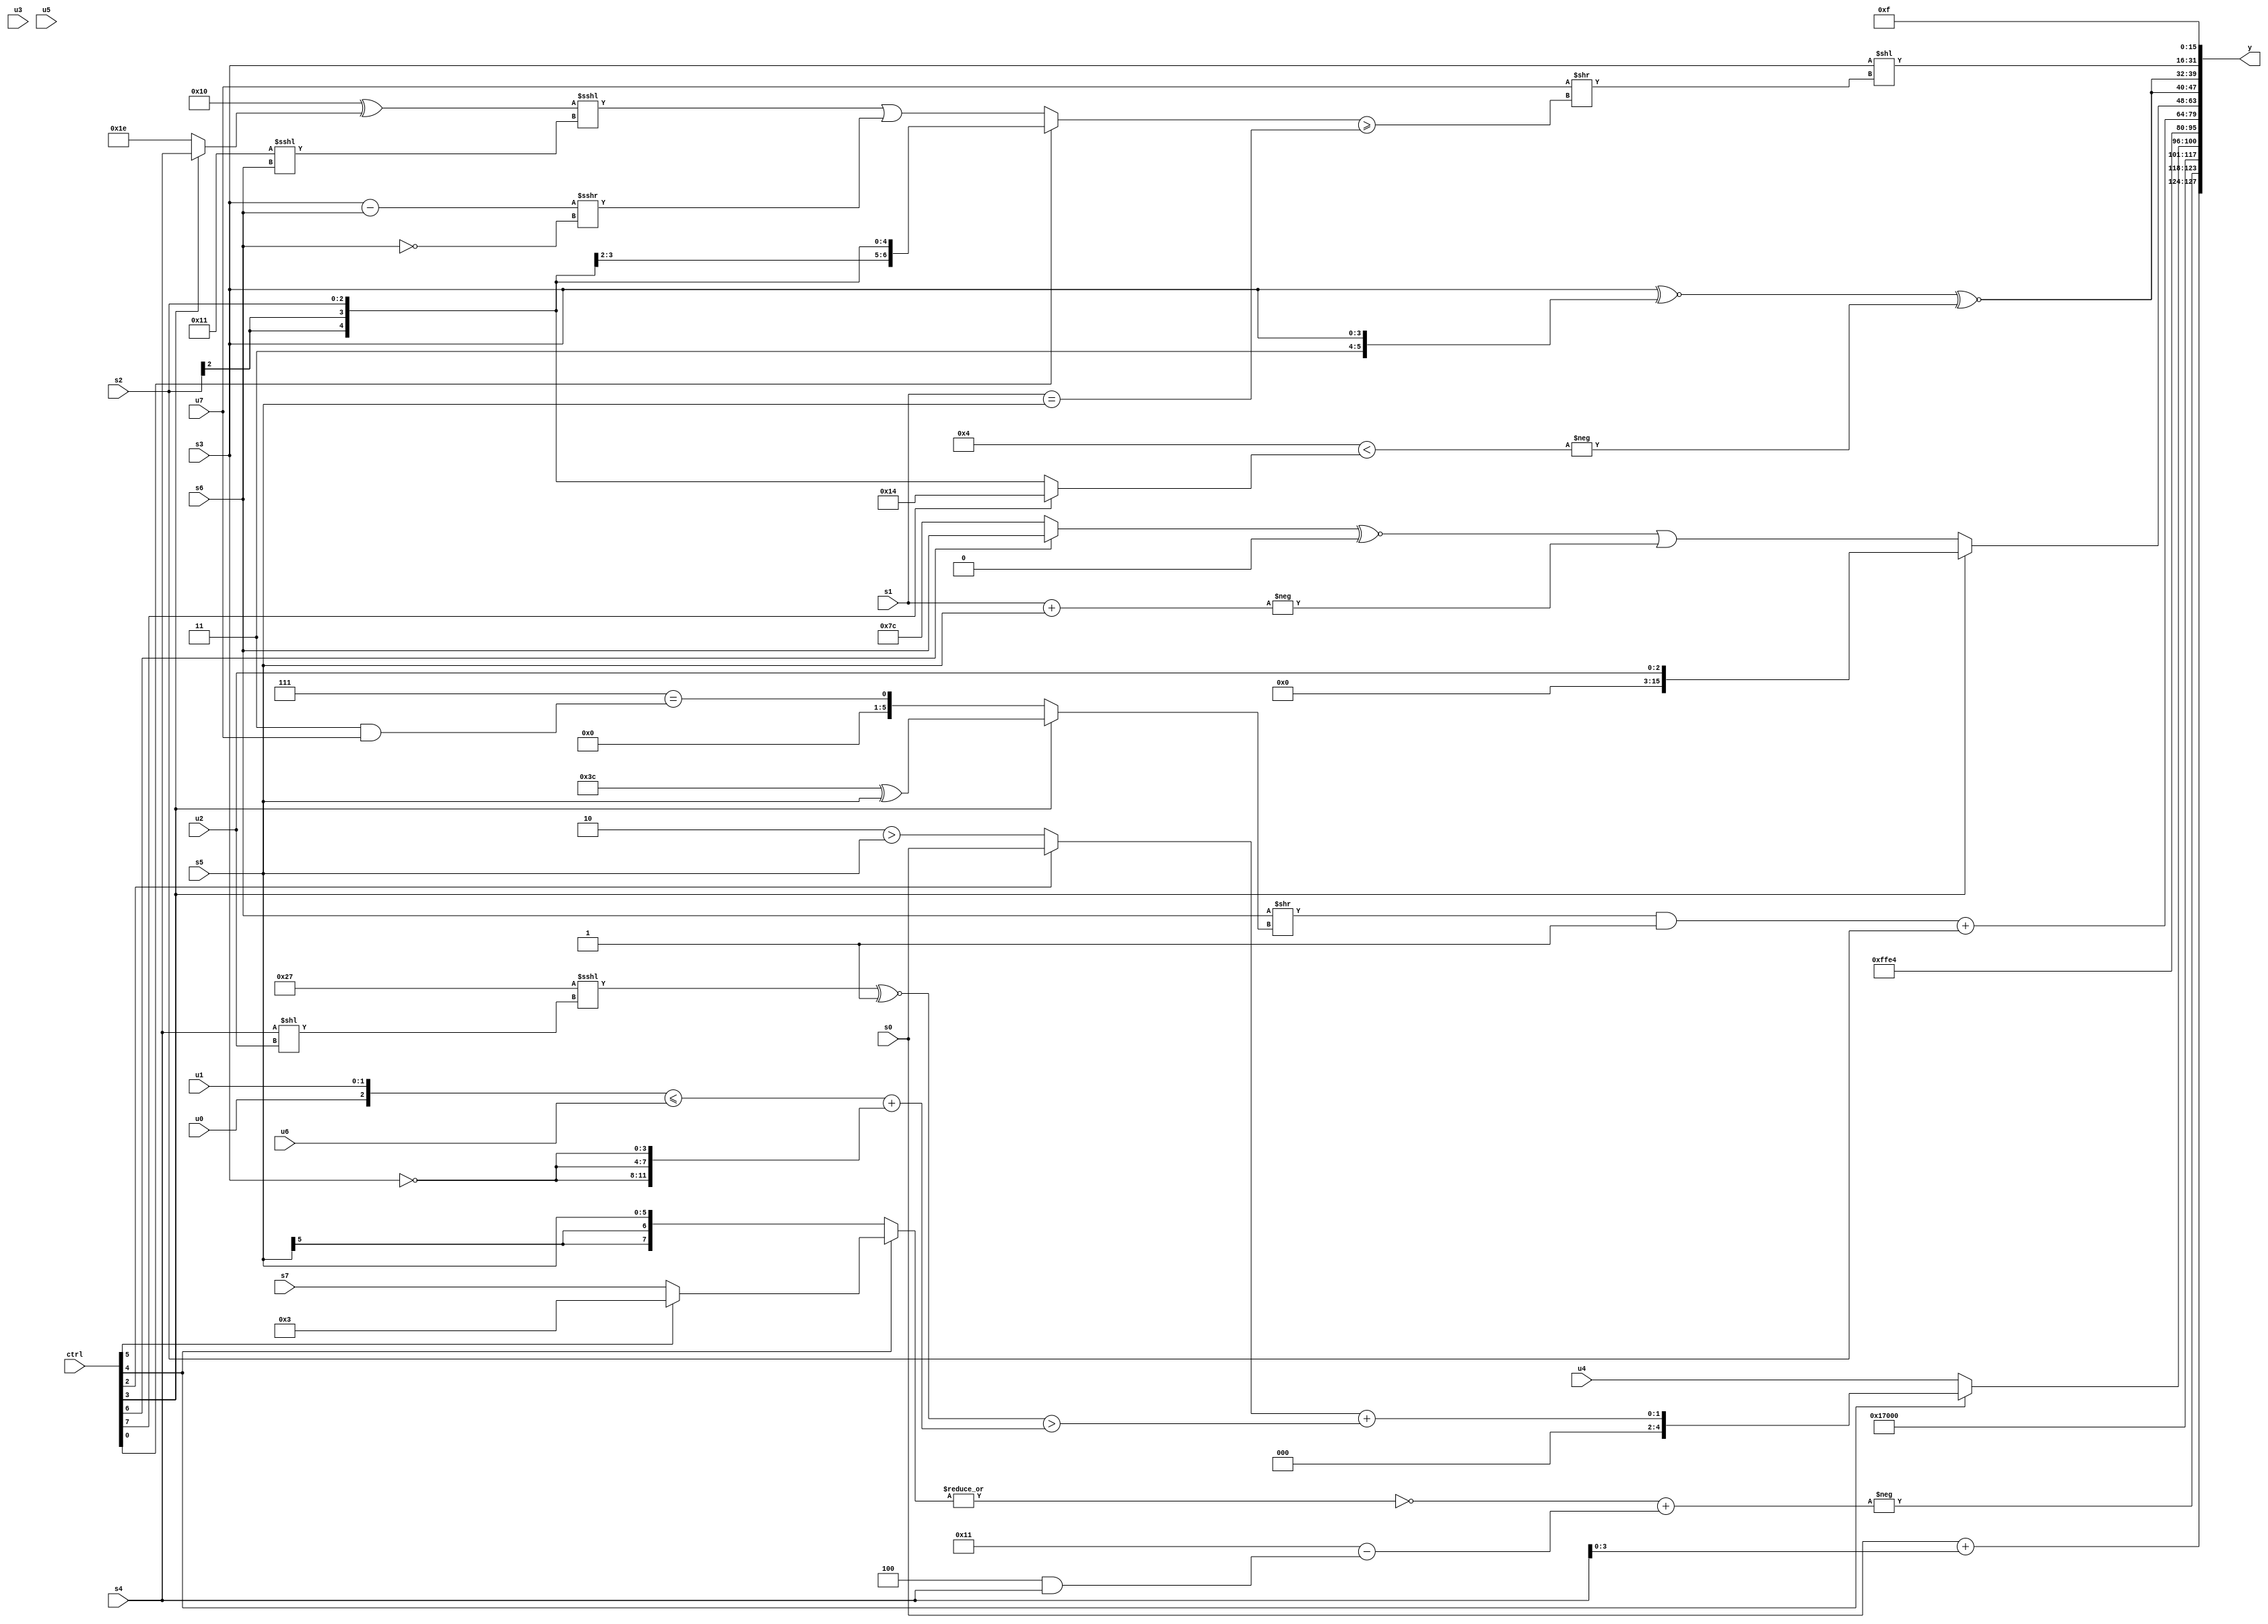
module wideexpr_00678(ctrl, u0, u1, u2, u3, u4, u5, u6, u7, s0, s1, s2, s3, s4, s5, s6, s7, y);
  input [7:0] ctrl;
  input [0:0] u0;
  input [1:0] u1;
  input [2:0] u2;
  input [3:0] u3;
  input [4:0] u4;
  input [5:0] u5;
  input [6:0] u6;
  input [7:0] u7;
  input signed [0:0] s0;
  input signed [1:0] s1;
  input signed [2:0] s2;
  input signed [3:0] s3;
  input signed [4:0] s4;
  input signed [5:0] s5;
  input signed [6:0] s6;
  input signed [7:0] s7;
  output [127:0] y;
  wire [15:0] y0;
  wire [15:0] y1;
  wire [15:0] y2;
  wire [15:0] y3;
  wire [15:0] y4;
  wire [15:0] y5;
  wire [15:0] y6;
  wire [15:0] y7;
  assign y = {y0,y1,y2,y3,y4,y5,y6,y7};
  assign y0 = {s0,(s0)+(s4),-($unsigned((~|(+((ctrl[4]?(ctrl[5]?4'sb0011:s7):s5))))+($signed((6'sb010001)-((-(5'sb00100))&(s4)))))),6'sb101110};
  assign y1 = (ctrl[4]?((ctrl[2]?s0:$signed($signed((3'sb110)>(s5)))))+((((6'b100111)<<<((s4)<<(u2)))^~(2'b01))>((({u0,u1})<=(u6))+({3{~(s3)}}))):u4);
  assign y2 = 6'sb100100;
  assign y3 = (((s6)>>((ctrl[3]?(ctrl[3]?(6'b111100)^(s5):{5'sb11100}):(4'b0111)==((3'sb011)&(u7)))))&((6'sb000010)!=($unsigned((3'b111)==((5'sb00111)^~(1'b0))))))+(s2);
  assign y4 = (ctrl[3]?u2:((+($signed((ctrl[6]?s6:3'sb100))))^~(({{3{1'b0}},(2'b11)^~(5'sb00110),6'sb010100,(s0)^~(1'sb0)})<<<({1{5'sb11010}})))|(+(-((+(s1))+(s5)))));
  assign y5 = +($signed({3{((s3)^~({{4'b0011,s3}}))^~(-(((ctrl[1]?5'sb00100:4'sb0100))<((ctrl[7]?5'sb10100:s2))))}}));
  assign y6 = (s3)<<((u7)>>(($signed((ctrl[0]?s2:((($signed(5'sb10000))^((ctrl[3]?s4:5'sb11110)))<<<((6'sb110001)<<<(s6)))|(((+(s3))-(s6))>>>(|((s6)==(1'b0)))))))>=((s1)==(s5))));
  assign y7 = {4{1'sb1}};
endmodule